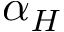
\alpha _ { H }